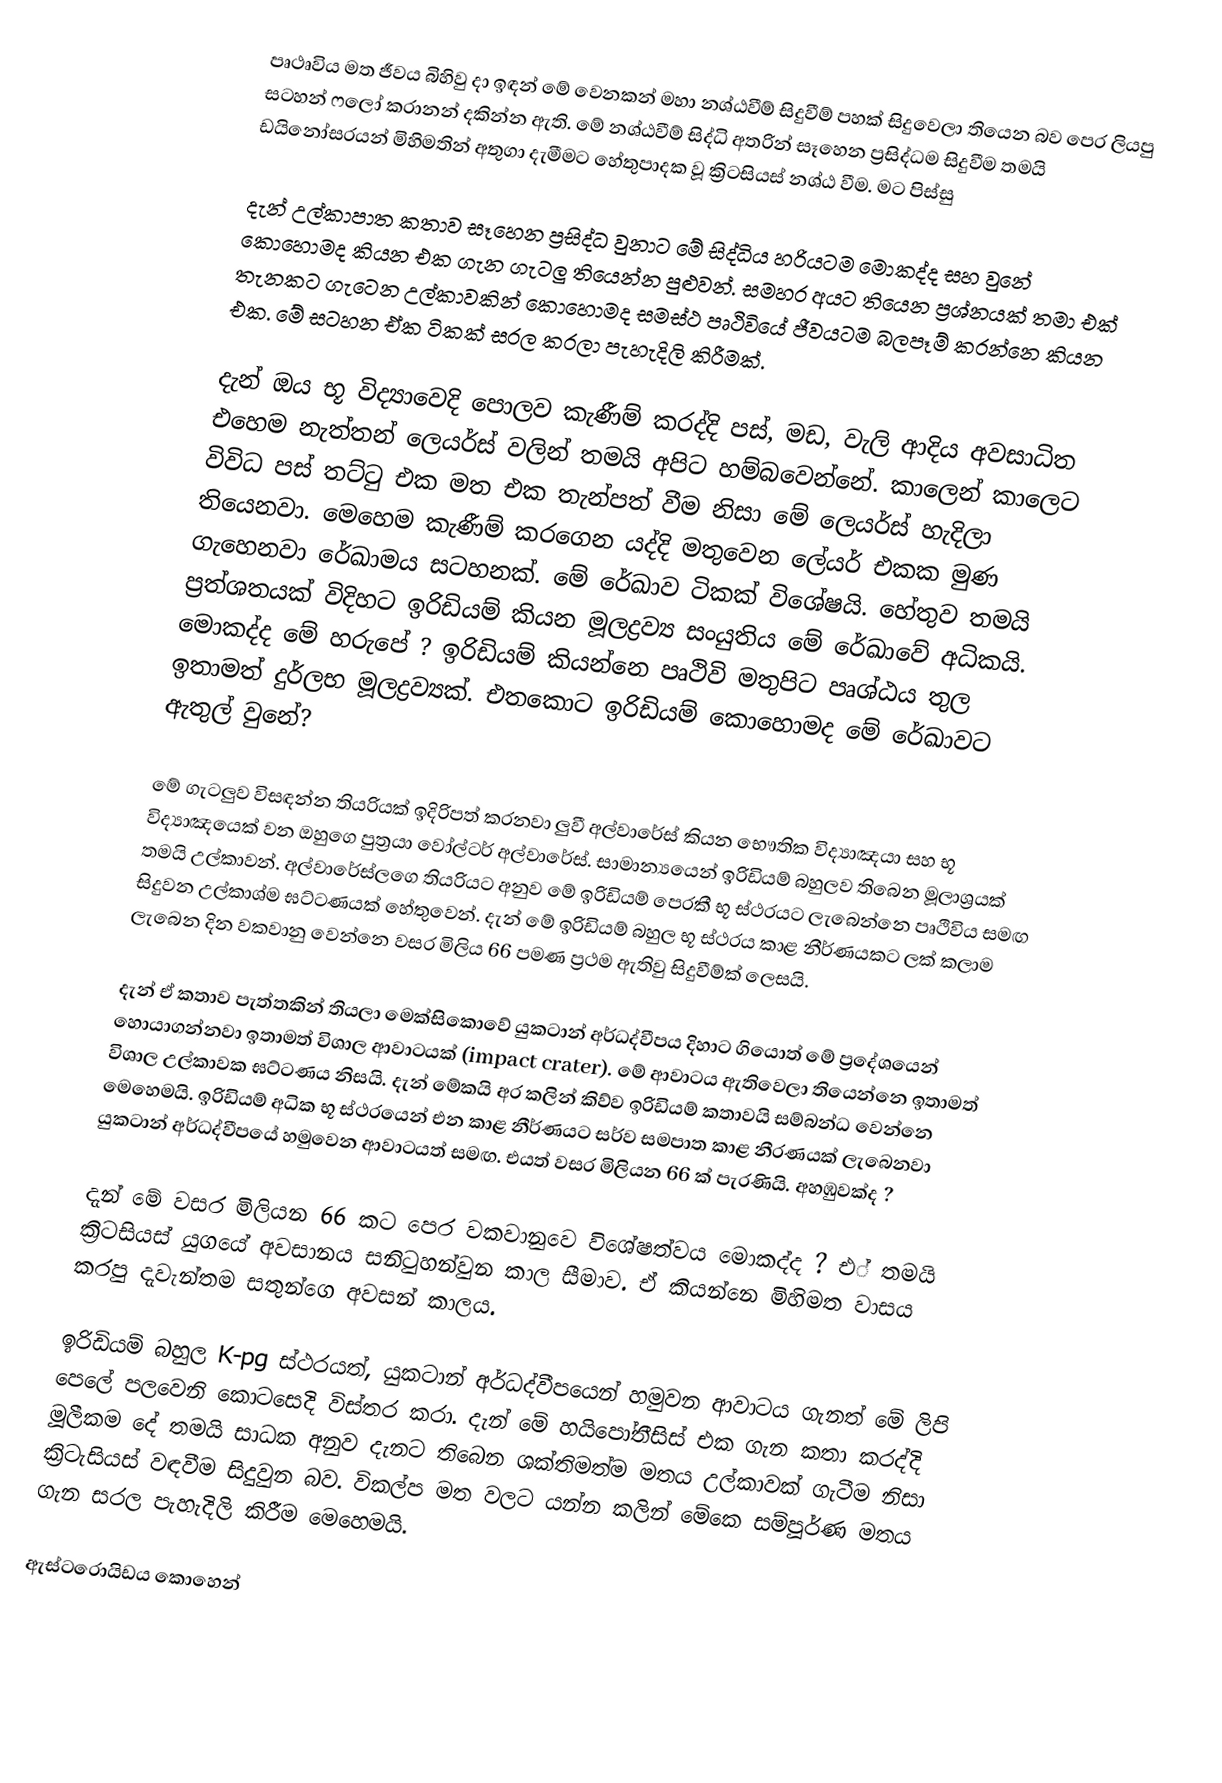
පෘථෘවිය මත ජීවය බිහිවු දා ඉඳන් මේ වෙනකන් මහා නශ්ඨවීම් සිදුවීම් පහක් සිදුවෙලා තියෙන බව පෙර ලියපු සටහන් ෆලෝ කරානන් දකින්න ඇති. මේ නශ්ඨවීම් සිද්ධි අතරින් සෑහෙන ප්‍රසිද්ධම සිදුවීම තමයි ඩයි⁣නෝසරයන් මිහිමතින් අතුගා දැමීමට හේතුපාදක වූ ක්‍රිටසියස් නශ්ඨ වීම. මට පිස්සු

දැන් උල්කාපාත කතාව සෑහෙන ප්‍රසිද්ධ වුනාට මේ සිද්ධිය හරියටම මොකද්ද සහ වුනේ කොහොමද කියන එක ගැන ගැටලු තියෙන්න පුළුවන්. සමහර අයට තියෙන ප්‍රශ්නයක් තමා එක් තැනකට ගැටෙන උල්කාවකින් කොහොමද සමස්ථ පෘථිවියේ ජීවයටම බලපෑම් කරන්නෙ කියන එක. මේ සටහන ඒක ටිකක් සරල කරලා පැහැදිලි කිරීමක්.

දැන් ඔය භූ විද්‍යාවෙදි පොලව කැණීම් කරද්දි පස්, මඩ, වැලි ආදිය අවසාධිත එහෙම නැත්තන් ලෙයර්ස් වලින් තමයි අපිට හම්බවෙන්නේ. කාලෙන් කාලෙට විවිධ පස් තට්ටු එක මත එක තැන්පත් වීම නිසා මේ ලෙයර්ස් හැදිලා තියෙනවා. මෙහෙම කැණීම් කරගෙන යද්දි මතුවෙන ලේයර් එකක මුණ ගැහෙනවා රේඛාමය සටහනක්. මේ රේඛාව ටිකක් විශේෂයි. හේතුව තමයි ප්‍රත්ශතයක් විදිහට ඉරිඩියම් කියන මූලද්‍රව්‍ය සංයුතිය මේ රේඛාවේ අධිකයි. මොකද්ද මේ හරුපේ ? ඉරිඩියම් කියන්නෙ පෘථිවි මතුපිට පෘශ්ඨය තුල ඉතාමත් දුර්ලභ මූලද්‍රව්‍යක්. එතකොට ඉරිඩියම් කොහොමද මේ රේඛාවට ඇතුල් වුනේ?

මේ ගැටලුව විසඳන්න තියරියක් ඉදිරිපත් කරනවා ලුවී අල්වාරේස් කියන භෞතික විද්‍යාඤයා සහ භූ විද්‍යාඤයෙක් වන ඔහුගෙ පුත්‍රයා වෝල්ටර් අල්වාරේස්. සාමාන්‍යයෙන් ඉරිඩියම් බහුලව තිබෙන මූලාශ්‍රයක් තමයි උල්කාවන්. අල්වාරේස්ලගෙ තියරියට අනුව මේ ඉරිඩියම් පෙරකී භූ ස්ථරයට ලැබෙන්නෙ පෘථිවිය සමඟ සිදුවන උල්කාශ්ම ඝට්ටණයක් හේතුවෙන්. දැන් මේ ඉරිඩියම් බහුල භූ ස්ථරය කාළ නීර්ණයකට ලක් කලාම ලැබෙන දින වකවානු වෙන්නෙ වසර මිලිය 66 පමණ ප්‍රථම ඇතිවු සිදුවීම්ක් ලෙසයි.

දැන් ඒ කතාව පැත්තකින් තියලා මෙක්සිකොවේ යුකටාන් අර්ධද්වීපය දිහාට ගියොත් මේ ප්‍රදේශයෙන් හොයාගන්නවා ඉතාමත් විශාල ආවාටයක් (impact crater). මේ ආවාටය ඇතිවෙලා තියෙන්නෙ ඉතාමත් විශාල උල්කාවක ඝට්ටණය නිසයි. දැන් මේකයි අර කලින් කිව්ව ඉරිඩියම් කතාවයි සම්බන්ධ වෙන්නෙ මෙහෙමයි. ඉරිඩියම් අධික භූ ස්ථරයෙන් එන කාළ නීර්ණයට සර්ව සමපාත කාළ නීරණයක් ලැබෙනවා යුකටාන් අර්ධද්වීපයේ හමුවෙන ආවාටයත් සමඟ. එයත් වසර මිලියන 66 ක් පැරණියි. අහඹුවක්ද ?

දැන් මේ වසර මිලියන 66 කට පෙර වකවානුවෙ විශේෂත්වය මොකද්ද ? එ් තමයි ක්‍රිටසියස් යුගයේ අවසානය සනිටුහන්වුන කාල සීමාව. ඒ කියන්නෙ මිහිමත වාසය කරපු දැවැන්තම සතුන්ගෙ අවසන් කාලය.

ඉරිඩියම් බහුල K-pg ස්ථරයත්, යුකටාන් අර්ධද්වීපයෙන් හමුවන ආවාටය ගැනත් මේ ලිපි පෙලේ පලවෙනි කොටසෙදි විස්තර කරා. දැන් මේ හයිපෝතීසිස් එක ගැන කතා කරද්දි මූලීකම දේ තමයි සාධක අනුව දැනට තිබෙන ශක්තිමත්ම මතය උල්කාවක් ගැටීම නිසා ක්‍රිටැසියස් වඳවීම සිදුවුන බව. විකල්ප මත වලට යන්න කලින් මේකෙ සම්පූර්ණ මතය ගැන සරල පැහැදිලි කිරීම මෙහෙමයි.

ඇස්ටරොයිඩය කොහෙන්